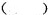
( )